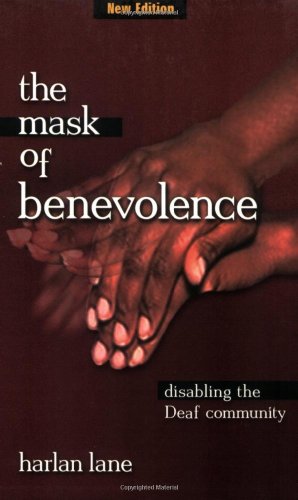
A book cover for The Mask of Benevolence: Disabling the Deaf Community; Harlan Lane; Health, Fitness & Dieting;